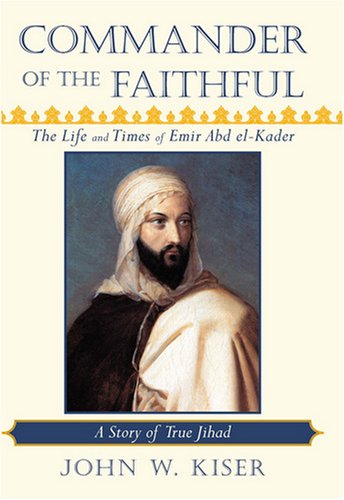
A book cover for Commander of the Faithful: The Life and Times of Emir Abd el-Kader: A Story of True Jihad; John Kiser; History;